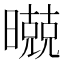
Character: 𣋢